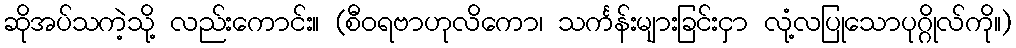
ဆိုအပ်သကဲ့သို့ လည်းကောင်း။ (စီဝရဗာဟုလိကော၊ သင်္ကန်းများခြင်းငှာ လုံ့လပြုသောပုဂ္ဂိုလ်ကို။)